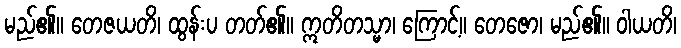
မည်၏။ တေဇယတိ၊ ထွန်းပ တတ်၏။ ဣတိတသ္မာ၊ ကြောင့်။ တေဇော၊ မည်၏။ ဝါယတိ၊